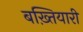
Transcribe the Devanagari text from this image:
बख़्तियारी